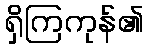
ရှိကြကုန်၏